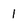
Character: 1